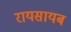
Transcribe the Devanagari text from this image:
रायसायब